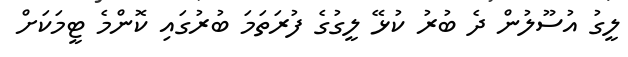
ލީގު އުސޫލުން ދެ ބުރު ކުޅޭ ލީގުގެ ފުރަތަމަ ބުރުގައި ކޮންމެ ޓީމަކަށް